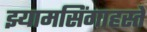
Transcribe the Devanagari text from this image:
झ्यामसिंगाहस्ते